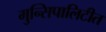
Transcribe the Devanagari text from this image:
मुन्सिपालिटीत